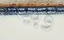
وبينه